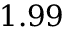
1 . 9 9